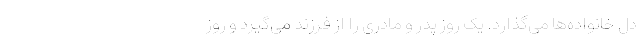
دل خانواده‌ها می‌گذارد. یک روز پدر و مادری را از فرزند می‌گیرد و روز